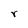
Character: r